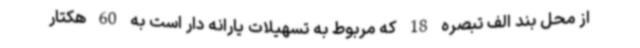
از محل بند الف تبصره 18 که مربوط به تسهیلات یارانه دار است به 60 هکتار